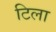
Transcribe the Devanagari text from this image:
टिला